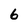
Character: 6